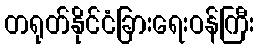
တရုတ်နိုင်ငံခြားရေးဝန်ကြီး